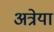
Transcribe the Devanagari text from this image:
अत्रेया